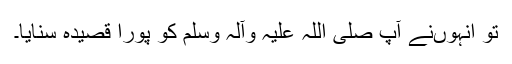
تو انہوںنے آپ صلی اللہ علیہ وآلہ وسلم کو پورا قصیدہ سنایا۔